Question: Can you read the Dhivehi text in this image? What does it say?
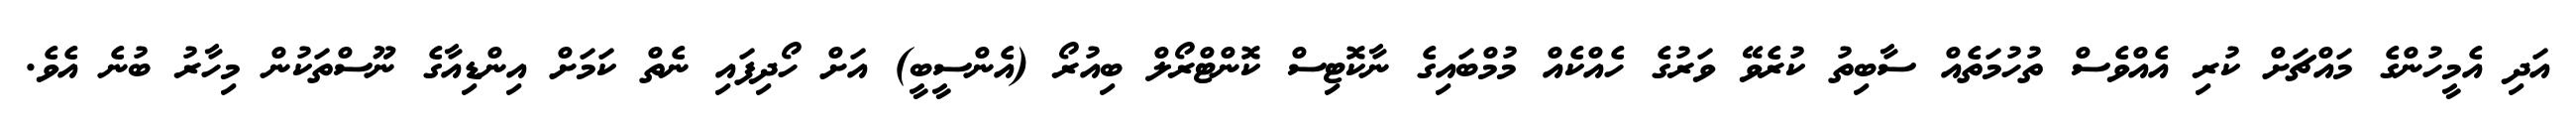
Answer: އަދި އެމީހުންގެ މައްޗަށް ކުރި އެއްވެސް ތުހުމަތެއް ސާބިތު ކުރެވޭ ވަރުގެ ހެއްކެއް މުމްބައިގެ ނާކޮޓިސް ކޮންޓްރޯލް ބިއުރޯ (އެންސީބީ) އަށް ހޯދިފައި ނެތް ކަމަށް އިންޑިއާގެ ނޫސްތަކުން މިހާރު ބުނެ އެވެ.